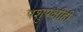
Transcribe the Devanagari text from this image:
पशुपक्षीही